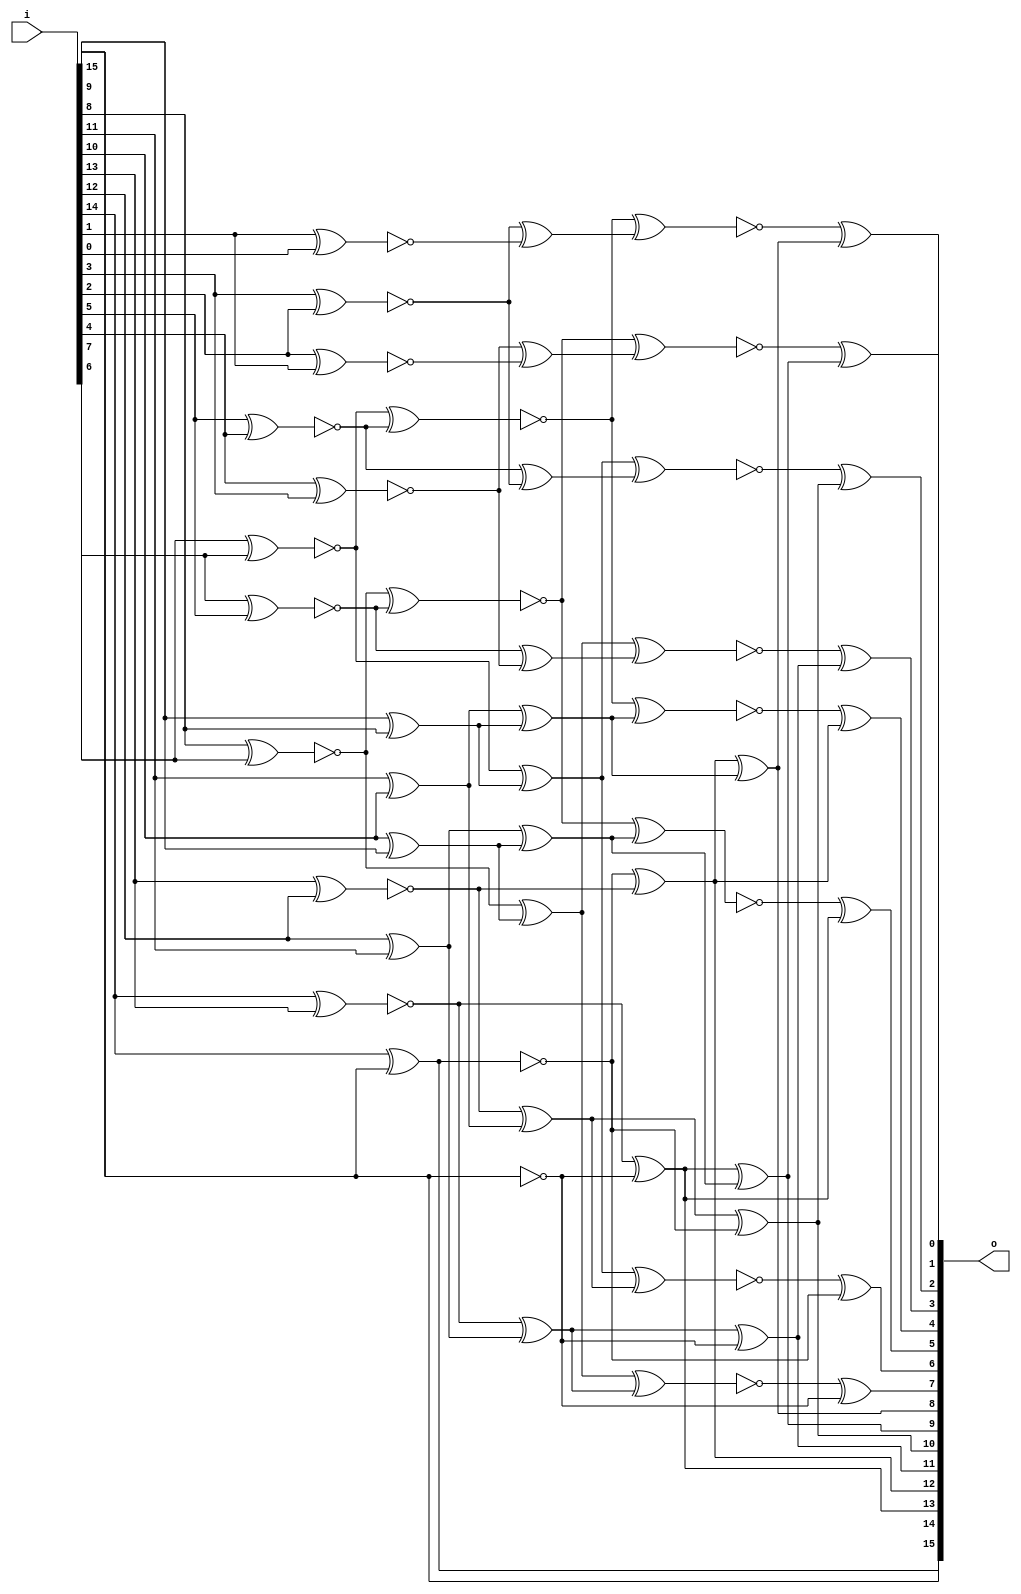
/* Generated by Yosys 0.27+9 (git sha1 101d19bb6, gcc 11.2.0-7ubuntu2 -fPIC -Os) */

(* top =  1  *)

module bsg_scan(i, o);
  wire _00_;
  wire _01_;
  wire _02_;
  wire _03_;
  wire _04_;
  wire _05_;
  wire _06_;
  wire _07_;
  wire _08_;
  wire _09_;
  wire _10_;
  wire _11_;
  wire _12_;
  wire _13_;
  wire _14_;
  wire _15_;
  wire _16_;
  wire _17_;
  wire _18_;
  wire _19_;
  wire _20_;
  wire _21_;
  wire _22_;
  wire _23_;
  wire _24_;
  wire _25_;
  wire _26_;
  wire _27_;
  wire _28_;
  wire _29_;
  wire _30_;
  wire _31_;
  wire _32_;
  wire _33_;
  wire _34_;
  wire _35_;
  
  input [15:0] i;
  wire [15:0] i;
  
  output [15:0] o;
  wire [15:0] o;
  
  wire [15:0] \scanN.row[0].fill ;
  wire [14:0] \scanN.row[0].shifted ;
  
  wire [15:0] \scanN.row[1].fill ;
  (* unused_bits = "0 1 2 3 4 5 6 7 8 9 10 11" *)
  wire [13:0] \scanN.row[1].shifted ;
  
  wire [15:0] \scanN.row[2].fill ;
  (* unused_bits = "0 1 2 3 4 5 6 7" *)
  wire [11:0] \scanN.row[2].shifted ;
  
  wire [15:0] \scanN.row[3].fill ;
  
  wire [15:0] \scanN.row[3].shifted ;
  
  (* unused_bits = "16 17 18 19 20 21 22 23 24 25 26 27 28 29 32 33 34 35 36 37 38 39 40 41 42 43 48 49 50 51 52 53 54 55" *)
  wire [79:0] t;
  assign _00_ = i[9] ^ i[8];
  assign _01_ = i[11] ^ i[10];
  assign _02_ = _01_ ^ _00_;
  assign _03_ = ~(i[13] ^ i[12]);
  assign _04_ = ~(i[14] ^ i[15]);
  assign o[12] = _04_ ^ _03_;
  assign o[8] = o[12] ^ _02_;
  assign _05_ = ~(i[1] ^ i[0]);
  assign _06_ = ~(i[3] ^ i[2]);
  assign _07_ = _06_ ^ _05_;
  assign _08_ = ~(i[5] ^ i[4]);
  assign _09_ = ~(i[7] ^ i[6]);
  assign _10_ = ~(_09_ ^ _08_);
  assign _11_ = ~(_10_ ^ _07_);
  assign o[0] = _11_ ^ o[8];
  assign _12_ = i[10] ^ i[9];
  assign _13_ = i[12] ^ i[11];
  assign _14_ = _13_ ^ _12_;
  assign _15_ = ~i[15];
  assign _16_ = ~(i[14] ^ i[13]);
  assign o[13] = _16_ ^ _15_;
  assign o[9] = o[13] ^ _14_;
  assign _17_ = ~(i[2] ^ i[1]);
  assign _18_ = ~(i[4] ^ i[3]);
  assign _19_ = _18_ ^ _17_;
  assign _20_ = ~(i[6] ^ i[5]);
  assign _21_ = ~(i[8] ^ i[7]);
  assign _22_ = ~(_21_ ^ _20_);
  assign _23_ = ~(_22_ ^ _19_);
  assign o[1] = _23_ ^ o[9];
  assign _24_ = _03_ ^ _01_;
  assign o[10] = _24_ ^ _04_;
  assign _25_ = _08_ ^ _06_;
  assign _26_ = _09_ ^ _00_;
  assign _27_ = ~(_26_ ^ _25_);
  assign o[2] = _27_ ^ o[10];
  assign _28_ = _16_ ^ _13_;
  assign o[11] = _28_ ^ _15_;
  assign _29_ = _20_ ^ _18_;
  assign _30_ = _21_ ^ _12_;
  assign _31_ = ~(_30_ ^ _29_);
  assign o[3] = _31_ ^ o[11];
  assign _32_ = ~(_10_ ^ _02_);
  assign o[4] = _32_ ^ o[12];
  assign _33_ = ~(_22_ ^ _14_);
  assign o[5] = _33_ ^ o[13];
  assign o[14] = ~_04_;
  assign _34_ = ~(_26_ ^ _24_);
  assign o[6] = _34_ ^ _04_;
  assign _35_ = ~(_30_ ^ _28_);
  assign o[7] = _35_ ^ _15_;
  assign o[15] = i[15];
  assign \scanN.row[0].fill  = 16'h0000;
  assign \scanN.row[0].shifted  = i[15:1];
  assign \scanN.row[1].fill  = 16'h0000;
  assign \scanN.row[1].shifted [13:12] = { i[15], o[14] };
  assign \scanN.row[2].fill  = 16'h0000;
  assign \scanN.row[2].shifted [11:8] = { i[15], o[14:12] };
  assign \scanN.row[3].fill  = 16'h0000;
  assign \scanN.row[3].shifted  = { 8'h00, i[15], o[14:8] };
  assign { t[79:56], t[47:36], t[31:18], t[15:0] } = { i[15], o[14:0], i[15], o[14:8], i[15], o[14:12], \scanN.row[2].shifted [7:0], i[15], o[14], \scanN.row[1].shifted [11:0], i };
endmodule